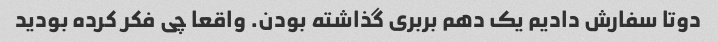
دوتا سفارش دادیم یک دهم بربری گذاشته بودن. واقعا چی فکر کرده بودید